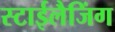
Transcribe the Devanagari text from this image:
स्टाईलैजिंग